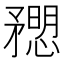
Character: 𥎒